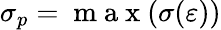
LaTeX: \sigma_{p}=\mathrm{~m~a~x~}(\sigma(\varepsilon))